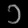
Digit: ၁